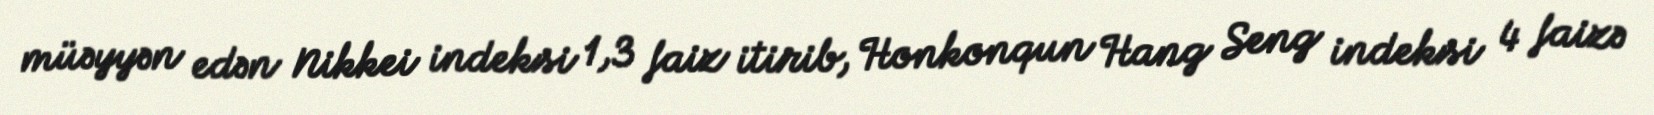
müəyyən edən Nikkei indeksi 1,3 faiz itirib, Honkonqun Hang Seng indeksi 4 faizə